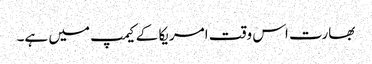
بھارت اس وقت امریکا کے کیمپ میں ہے۔